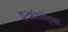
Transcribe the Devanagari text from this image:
इन्‍क्रीमेंट्‌स